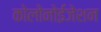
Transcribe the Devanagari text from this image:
कोलोनोईजेशन